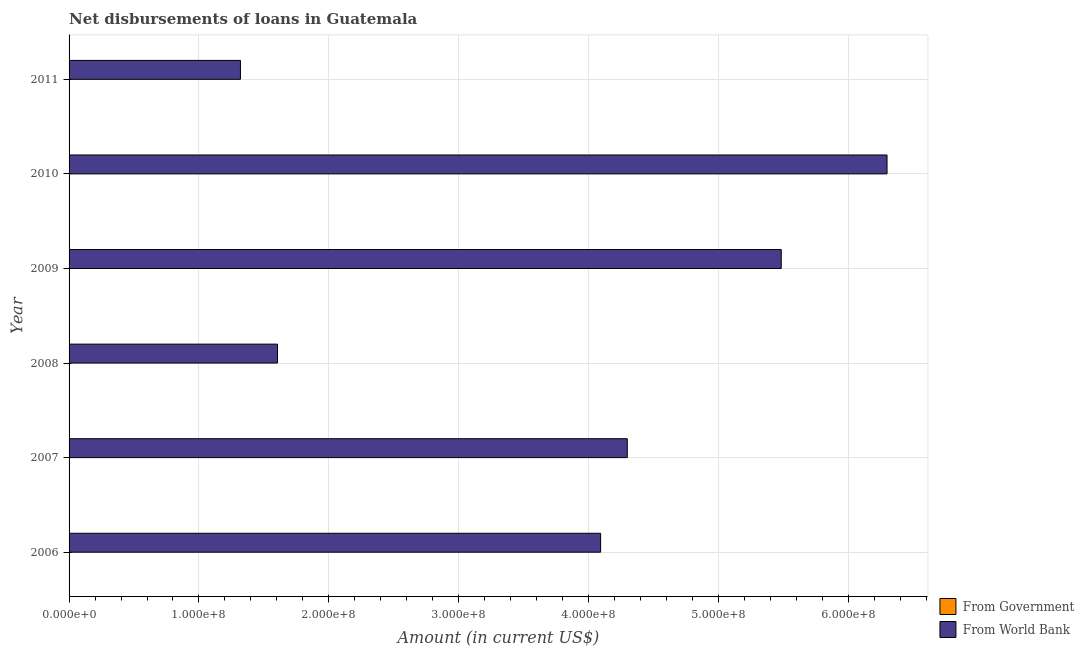
| Year | From Government | From World Bank |
 | --- | --- | --- |
 | 2006 | -6.21e+07 | 4.09e+08 |
 | 2007 | -4.02e+07 | 4.3e+08 |
 | 2008 | -2.45e+07 | 1.6e+08 |
 | 2009 | -1.08e+07 | 5.48e+08 |
 | 2010 | -1.46e+07 | 6.3e+08 |
 | 2011 | -1.78e+07 | 1.32e+08 |